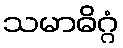
သမာဓိဂ္ဂံ